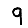
Digit: 9